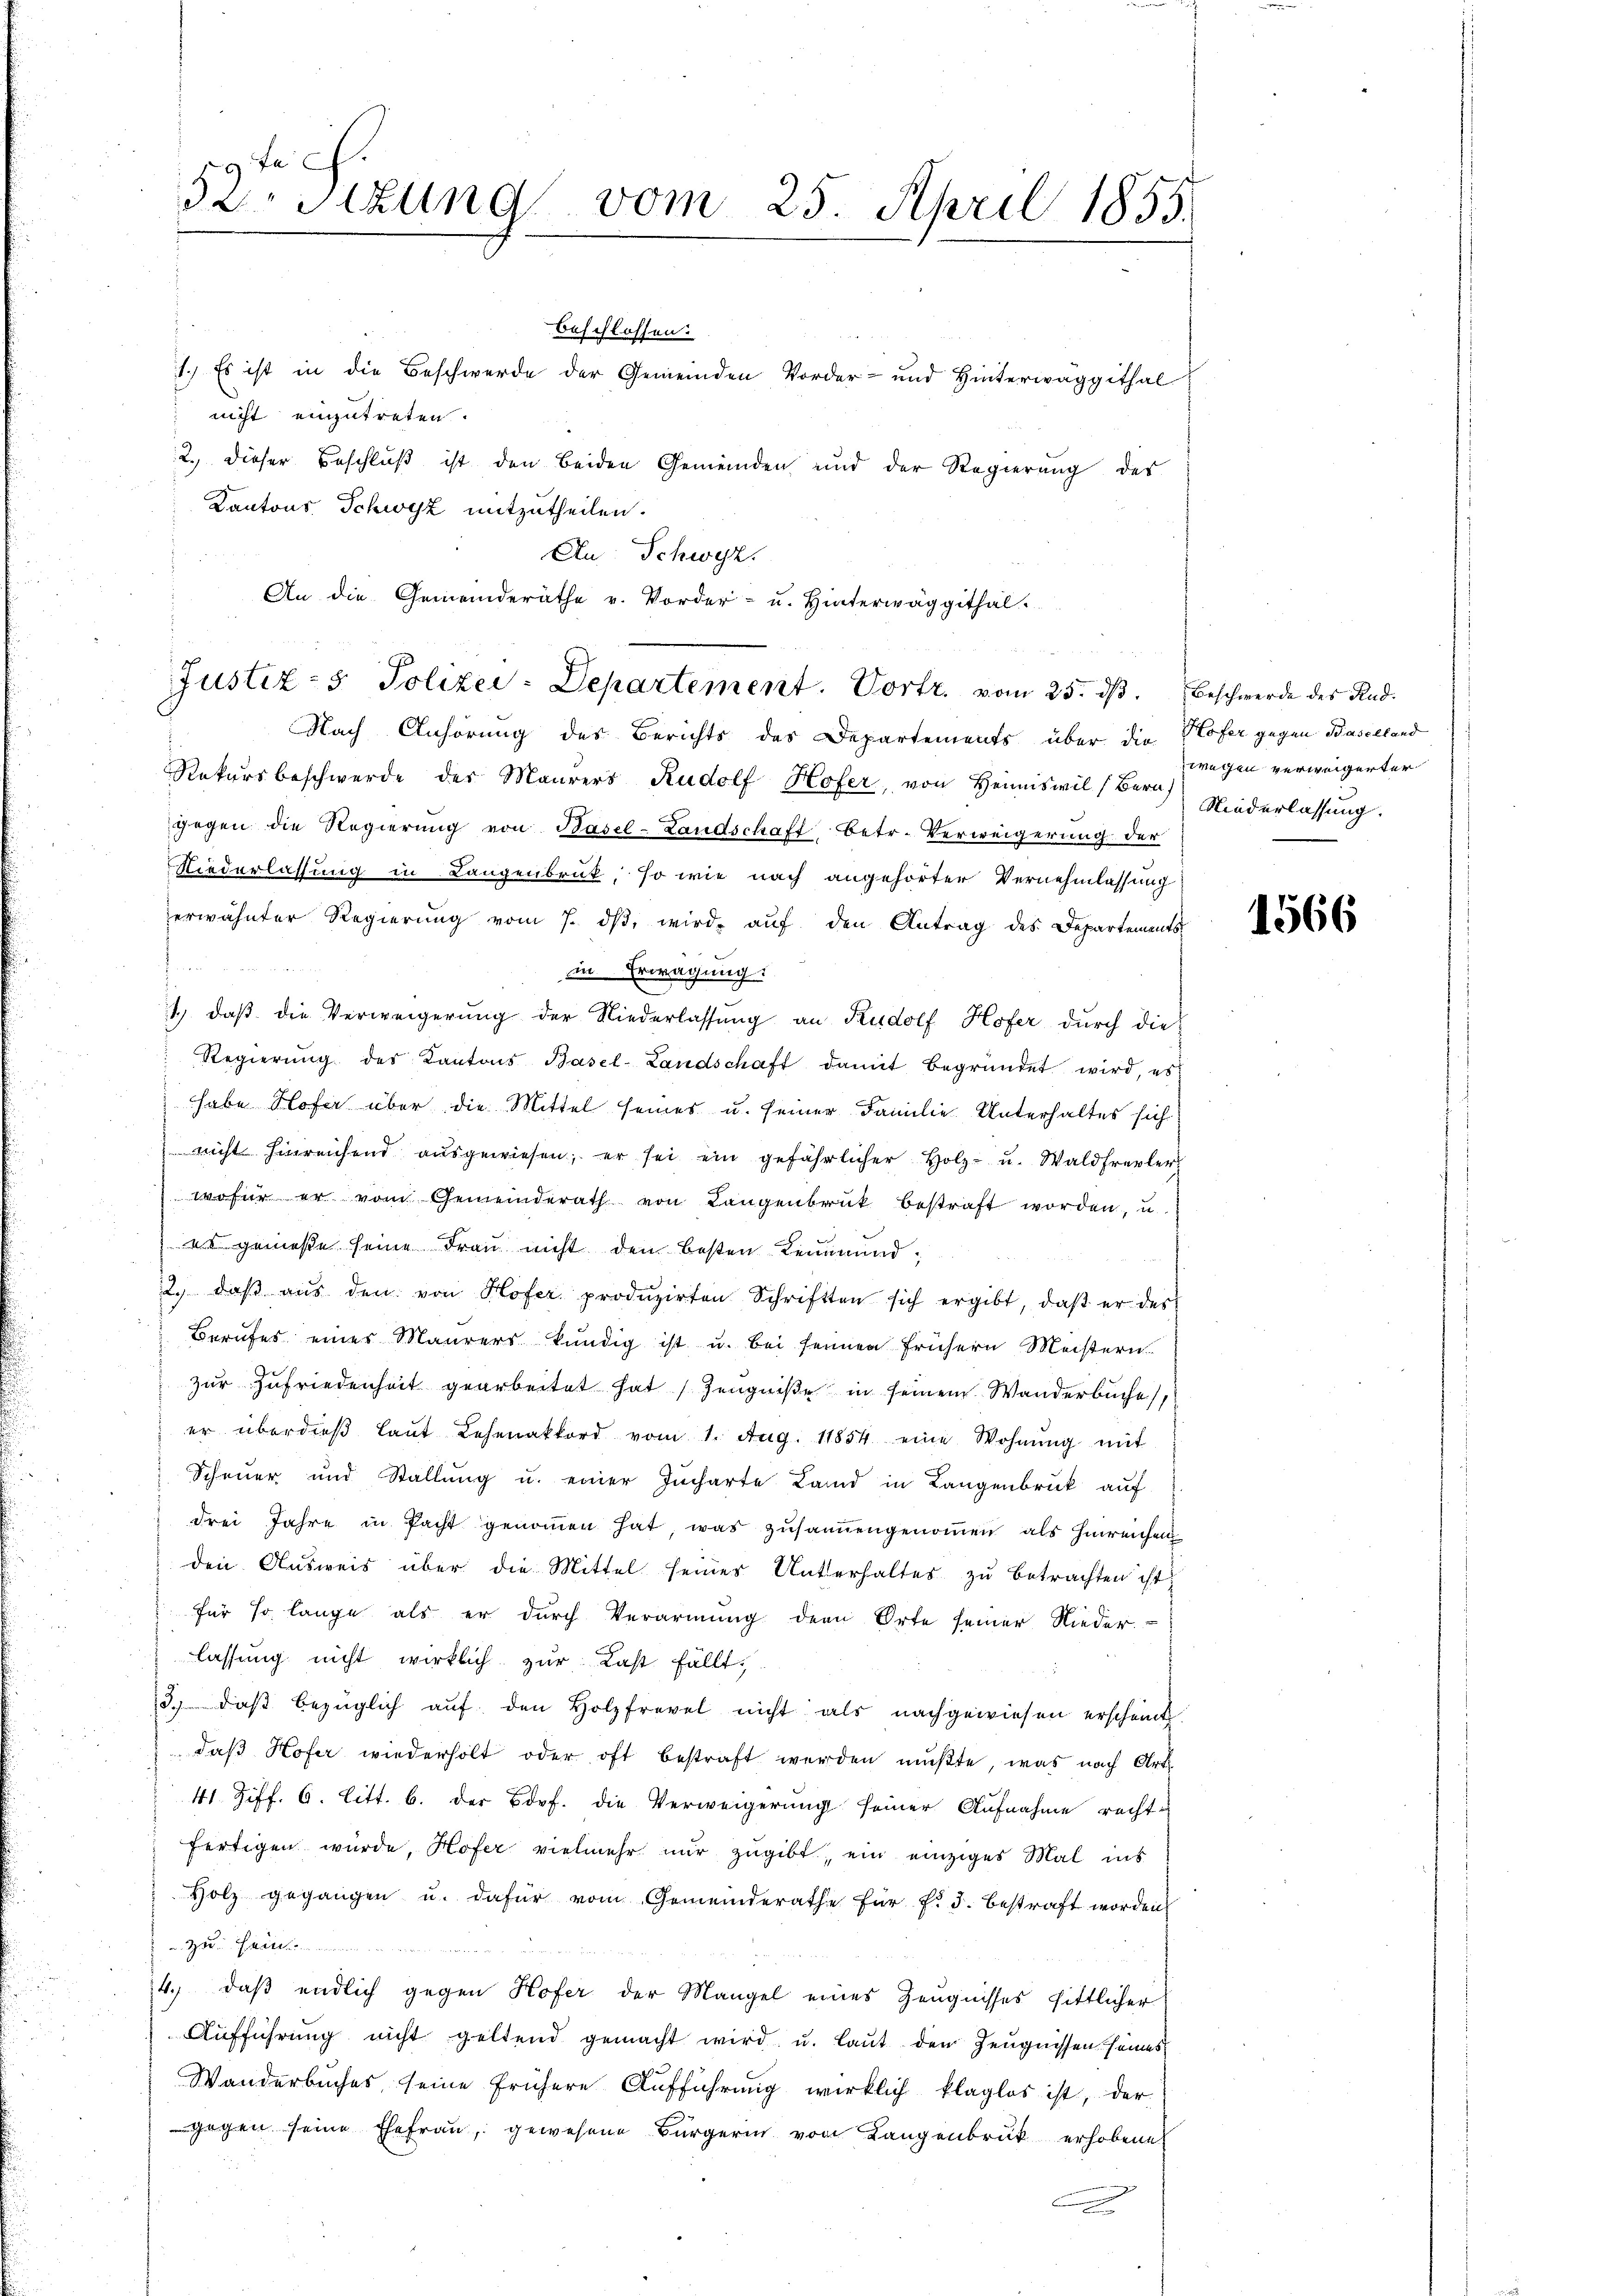
beschlossen:
1.) Es ist in die Beschwerde der Gemeinden Vorder- und Hinterwäggithal
nicht einzutreten.
2., dieser Beschluß ist den beiden Gemeinden und der Regierung des
Kantons Schwyz mitzutheilen.
An Schwyz,
An die Gemeinderäthe v. Vorder- u. Hinterwäggithal-

52. Sizung vom 25. April 1855.

Justiz- & Polizei-Departement. Vortr. vom 25. dß. Beschwerde des Rud.

Nach Anhörung des Berichts des Departements über die Hofer gegen Baselland
Rekursbeschwerde der Maurers Rudolf Hofer, von Heimiswil (Bern Niederlassung.
gegen die Regierŭng von Basel-Landschaff betr. Verweigerung der
Niederlassung in Langenbruck, so wie nach angehörter Vernehmlassung
erwähnter Regierung vom 7. dβ wird auf den Antrag des Departements
in Erwägung:
1., daß die Verweigerung der Niederlassŭng an Rudolf Hofer durch die
Regierŭng des Kantons Basel-Landschaft damit begründet wird, es
habe Hofer über die Mittel seines u. seiner Familie Unterhaltes sich
 nicht hinreichend aŭsgewiesen; er sei ein gefährlicher Holz- u. Waldfrevler
woher er vom Gemeinderath von Langenbruck bestraft worden, u
) es gemesse seine Frau nicht den besten Leumund
2. daβ aŭs den von Hofer produzirten Schriften sich ergibt, daβ er des
Berufes einer Maurers kündig ist u. bei seinen frühern Meistern.
zur Zufriedenheit gearbeitet hat Zeugniße in seinem Wanderbuche
er überdieβ laŭt Lehenakkord vom 1. Aug. 11854 eine Wohnŭng mit
Scheuer und Stallung u. einer Jucharte Land in Langenbruck auf
drei Jahre in Pacht genoṁen hat, was zusamengenommen als hinreichen
den Ausweis über die Mittel seines Unterhaltes zu betrachten ist,
für so lange als er durch Verarmung der Orte seiner Nieder.
lassung nicht wirklich zur Last fällt,
3. daβ bezüglich aŭf den Holzfrevel nicht als nachgewiesen erscheint.
daß Hofer wiederholt oder oft bestraft werden mußte, was nach Art.
41 Ziff. 6. litt. b. der Dorf. die Verweigerung seiner Aufnahme recht
fertigen würde, Hofer vielmehr nur zugibt, ein einziges Mal ins
Holz gegangen u. dafür vom Gemeinderathe für f. 3. bestraft worden
 zu Hein

4.) daß endlich gegen Hofer der Mangel eines Zeugnisses sittlicher
Aŭfführŭng nicht geltend gemacht wird u. Laut den Zeugnissen seines
Wanderbuches seine frühere Aŭfführung wirklich klaglos ist, der
gegen seine Ehefrau, gewesene Bürgerin von Langenbruck erhobene

wegen verweigerter

1566